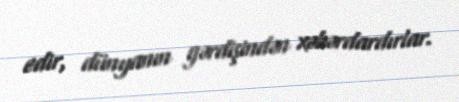
edir, dünyanın gərdişindən xəbərdardırlar.